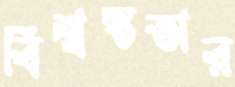
বিশ্বস্ততার